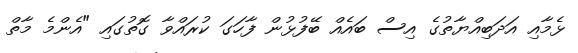
ޅެމާއި އަދަބިއްޔާތުގެ އިސް ބައެއް ބޭފުޅުން ފާހަގަ ކުރައްވާ ގޮތުގައި "އެންމެ މާތް